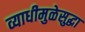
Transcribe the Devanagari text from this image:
व्याधीमुळेसुद्धा